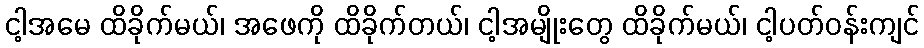
ငါ့အမေ ထိခိုက်မယ်၊ အဖေကို ထိခိုက်တယ်၊ ငါ့အမျိုးတွေ ထိခိုက်မယ်၊ ငါ့ပတ်ဝန်းကျင်